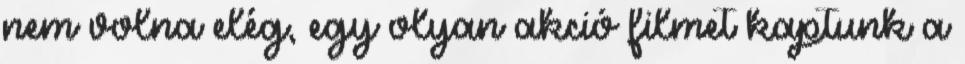
nem volna elég, egy olyan akció filmet kaptunk a